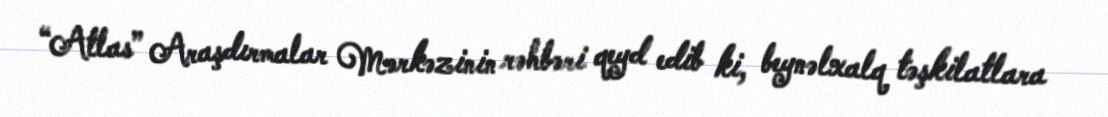
“Atlas” Araşdırmalar Mərkəzinin rəhbəri qeyd edib ki, beynəlxalq təşkilatlara